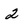
Character: 2